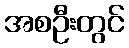
အစဦးတွင်